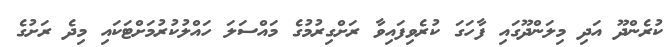
ކުރެންދޫ އަދި މިލަންދޫގައި ފާހަގަ ކުރެވިފައިވާ ރަށްގިރުމުގެ މައްސަލަ ހައްލުކުރުމަށްޓަކައި މިދެ ރަށުގެ